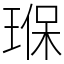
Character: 𤦸